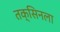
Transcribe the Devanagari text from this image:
तक्सिनला